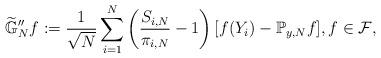
LaTeX: \begin{align*}\widetilde{\mathbb{G}}_{N}''f:=\frac{1}{\sqrt{N}}\sum_{i=1}^{N}\left(\frac{S_{i,N}}{\pi_{i,N}}-1\right)[f(Y_{i})-\mathbb{P}_{y,N}f],f\in\mathcal{F},\end{align*}